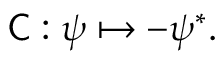
{ \mathsf { C } } : \psi \mapsto - \psi ^ { * } .